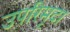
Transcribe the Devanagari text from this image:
उपरिमृदा